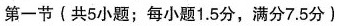
第一节(共5小题；每小题1.5分，满分7.5分)